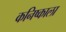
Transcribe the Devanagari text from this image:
कनिष्काला